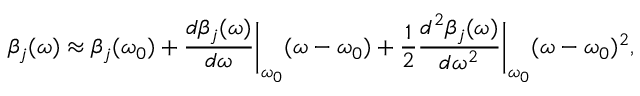
\beta _ { j } ( \omega ) \approx \beta _ { j } ( \omega _ { 0 } ) + \frac { d \beta _ { j } ( \omega ) } { d \omega } \bigg \rvert _ { \omega _ { 0 } } ( \omega - \omega _ { 0 } ) + \frac { 1 } { 2 } \frac { d ^ { 2 } \beta _ { j } ( \omega ) } { d \omega ^ { 2 } } \bigg \rvert _ { \omega _ { 0 } } ( \omega - \omega _ { 0 } ) ^ { 2 } ,